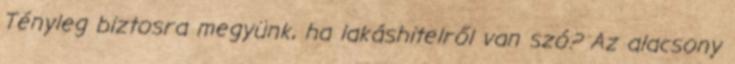
Tényleg biztosra megyünk, ha lakáshitelről van szó? Az alacsony